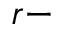
r -